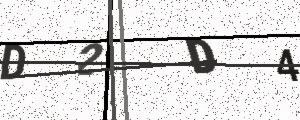
Text: D2D4